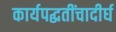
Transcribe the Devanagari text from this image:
कार्यपद्धतींचादीर्घ